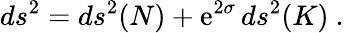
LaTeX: ds^{2}=ds^{2}(N)+\mathrm{e}^{2\sigma}\, ds^{2}(K)~.